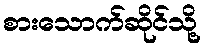
စားသောက်ဆိုင်သို့